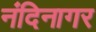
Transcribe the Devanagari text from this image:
नंदिनागर